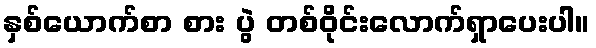
နှစ်ယောက်စာ စား ပွဲ တစ်ဝိုင်းလောက်ရှာပေးပါ။